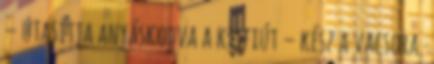
– utasítja anyáskodva a kisfiút – kész a vacsora.